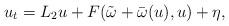
LaTeX: \begin{align*} u_t=L_2 u + F(\tilde \omega + \bar \omega(u), u) +\eta,\end{align*}